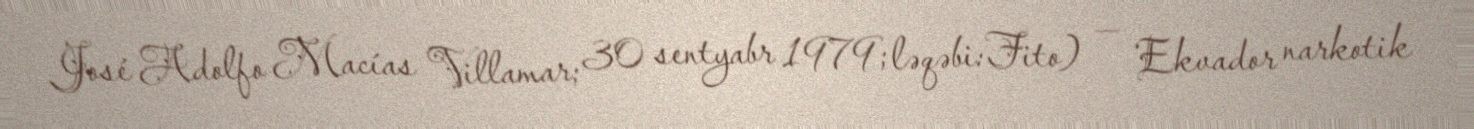
José Adolfo Macías Villamar; 30 sentyabr 1979; ləqəbi: Fito) — Ekvador narkotik